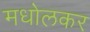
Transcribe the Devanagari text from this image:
मधोलकर